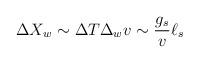
LaTeX: \begin{align*}\Delta X_w \sim \Delta T\Delta_w v \sim {g_s\over v}\ell_s\end{align*}